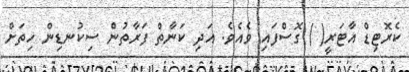
ކެރޮޓިޑް އާޓަރީ( ) ގޮސްފައި ވެއެވެ. އަދި ކަނާތް ފަރާތުން ސިކުނޑިން ހިތަށް